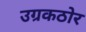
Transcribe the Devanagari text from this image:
उग्रकठोर